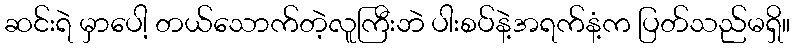
ဆင်းရဲ မှာပေါ့ တယ်သောက်တဲ့လူကြီးဘဲ ပါးစပ်နဲ့အရက်နံ့က ပြတ်သည်မရှိ။